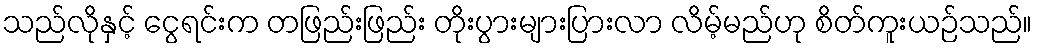
သည်လိုနှင့် ငွေရင်းက တဖြည်းဖြည်း တိုးပွားများပြားလာ လိမ့်မည်ဟု စိတ်ကူးယဉ်သည်။